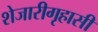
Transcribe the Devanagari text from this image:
शेजारीगृहासी